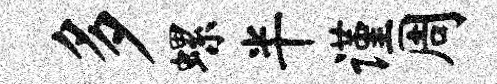
多螺半谨周